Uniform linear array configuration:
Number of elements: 32
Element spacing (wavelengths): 0.5
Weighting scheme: blackman
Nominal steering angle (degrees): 15
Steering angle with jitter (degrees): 16.955
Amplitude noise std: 0.05
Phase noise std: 0.05

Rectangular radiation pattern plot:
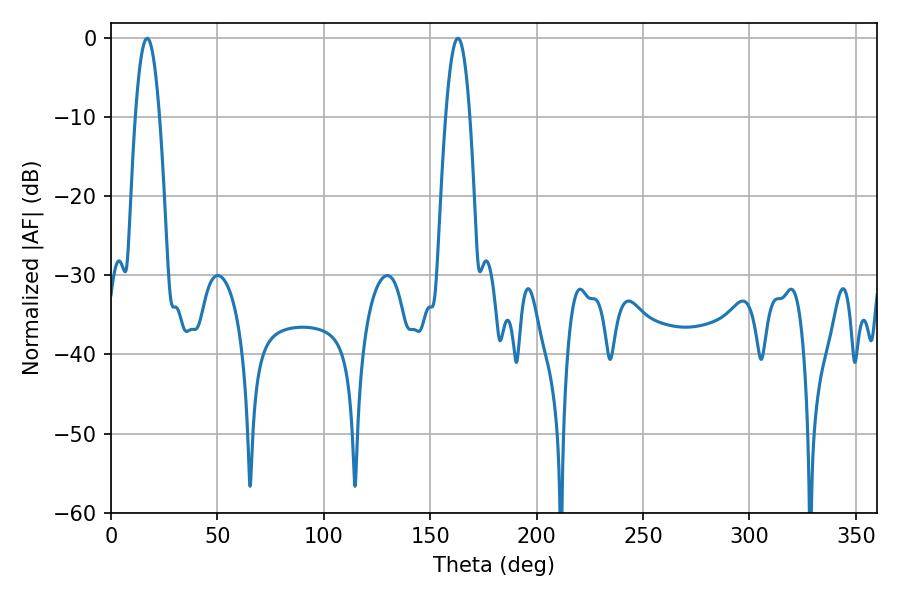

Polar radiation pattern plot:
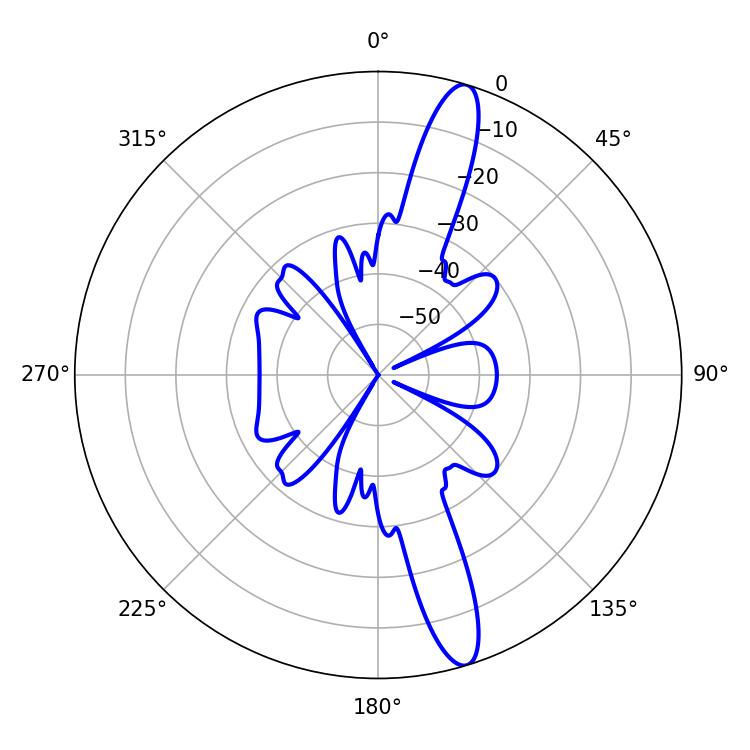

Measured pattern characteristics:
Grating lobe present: FALSE
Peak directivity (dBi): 14.623
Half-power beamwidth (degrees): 6.3
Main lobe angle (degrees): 16.92